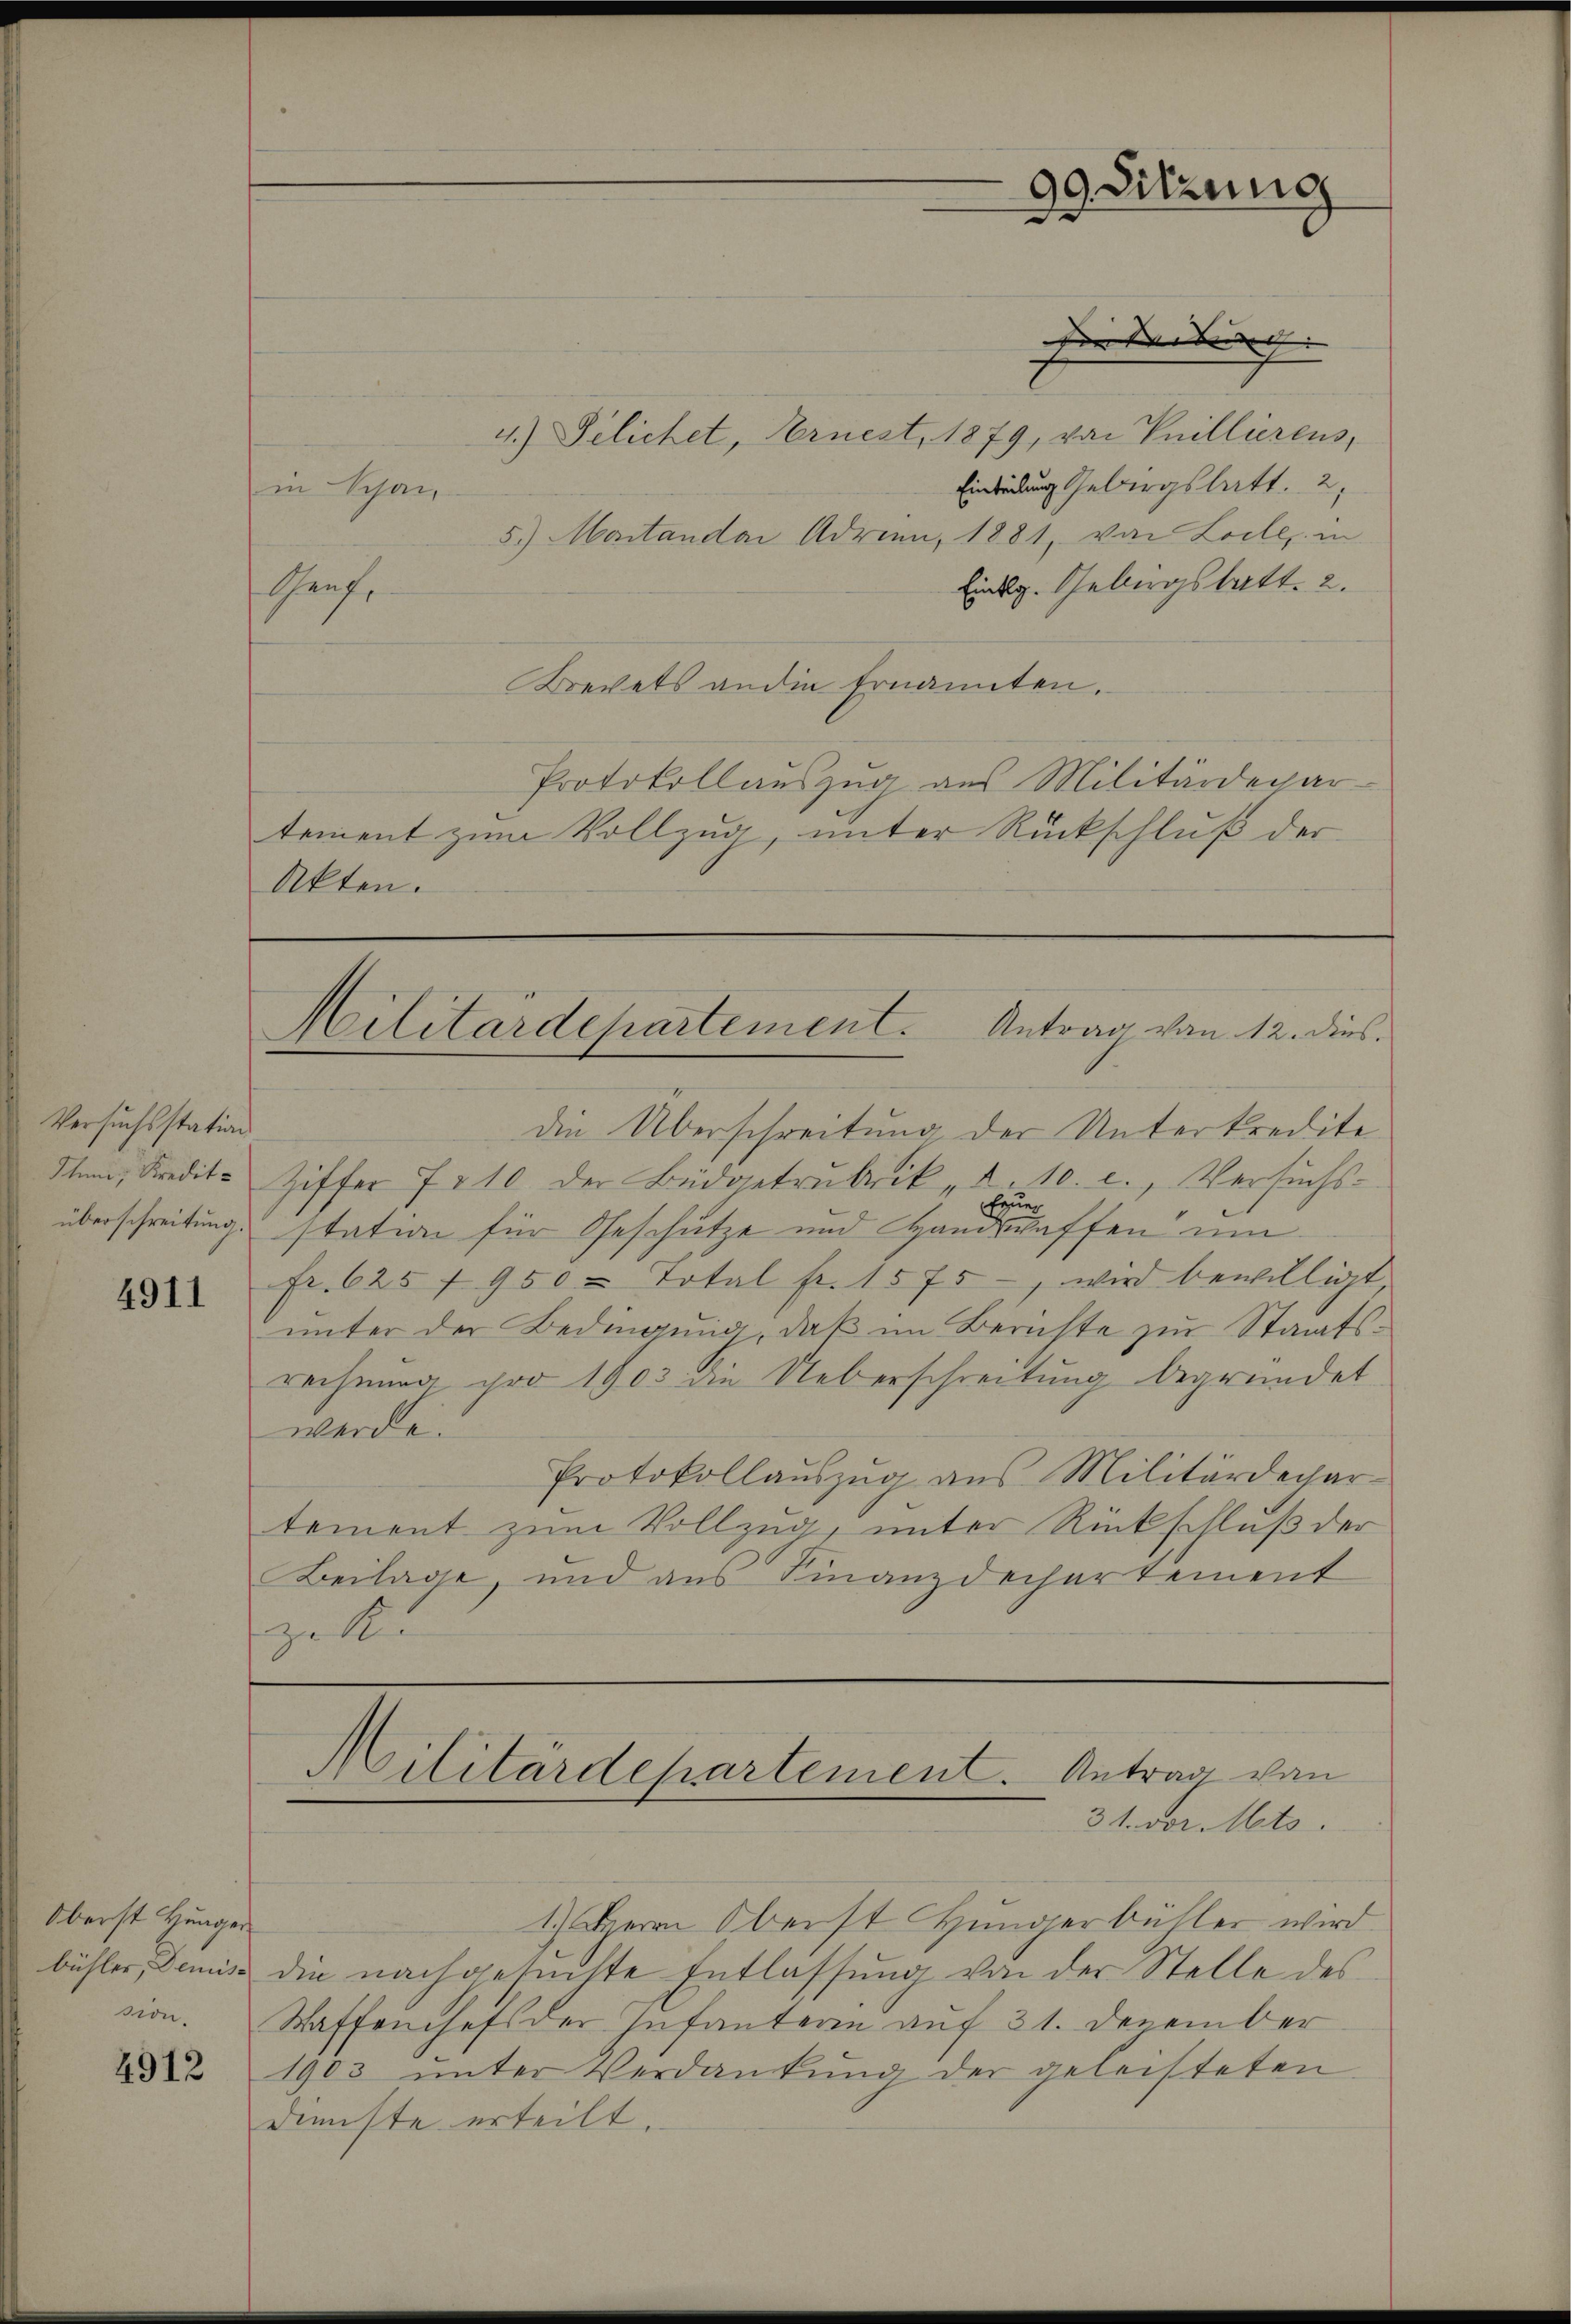
4911

4912

Versuchsstation
überschreitung.

Oberst Hungen
bühler, Demiss

Akten.

in Schan
Genf.

99. Sitzung

4.) Selichet, Arnest, 1879, von Knillierens,
Einladung Gebirgstatt. 2,
5.) Montandar Adrien, 1881, von Loile, in
Eidg. Gebirgstatt 2.
Brevets an die Ernannten.
Protokollauszug aus Militärdepar-
tement zum Vollzug, unter Rückschluß der

sie der bis |

Militärdepartement. Antrag von 12. dies

die Überschreitung der Unterkredite
Ihn, Kredits Ziffer 7210 der Büdgetrubrik d. 10. c., Versuchs¬
Feuer
station für Geschütze und Handwaffen um
Fr. 625 f. 950 - Total fr. 1575, wird bewilligt,
ŭnter der Bedingŭng, daβ im Berichte zur Staats-
rechnung pro 1903 die Ueberschreitung begründet
werde.
Protokollaŭszŭg ans Militärdechar-
tement zum Vollzug, unter Rückschluß der
Beilage, und aus Finanzdechartement
zette

1.) Herrn Oberst Hungerbüller wird.
die nachgesuchte Entlassung von der Stelle des
sion. Waffenhefs der Infanteren auf 31. Dezember
1903 ŭnter Verdankŭng der geleisteten
Dienste erteilt.

Militärdepartement. Antrag von
31. vor. Mts.